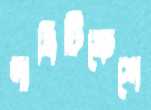
দাবিটিকেশে